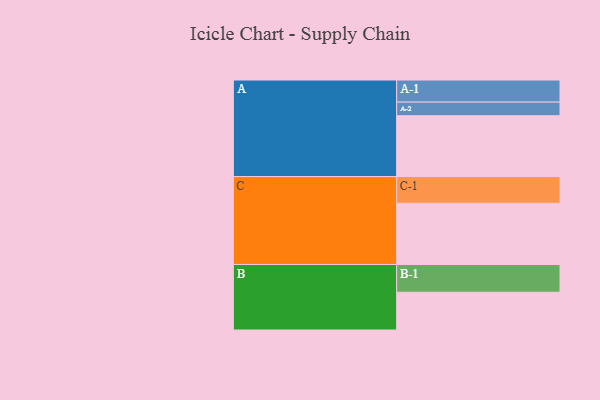
{"axis": {"x": "Segment", "y": "Value"}, "legend": ["", "A", "B", "C"], "data": [{"x": "A", "y": 509, "type": ""}, {"x": "B", "y": 316, "type": ""}, {"x": "C", "y": 512, "type": ""}, {"x": "A-1", "y": 185, "type": "A"}, {"x": "A-2", "y": 114, "type": "A"}, {"x": "B-1", "y": 232, "type": "B"}, {"x": "C-1", "y": 223, "type": "C"}]}